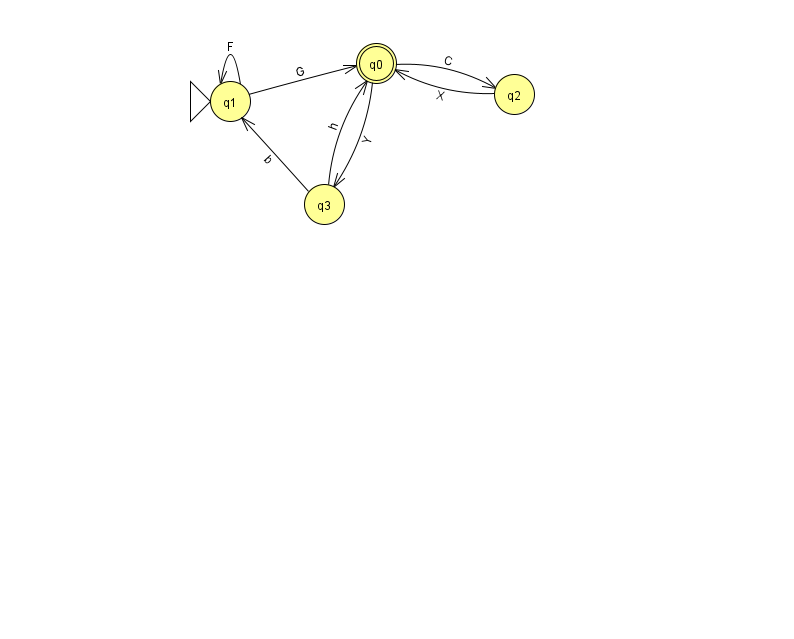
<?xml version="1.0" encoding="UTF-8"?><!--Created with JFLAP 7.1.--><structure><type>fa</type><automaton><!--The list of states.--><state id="0" name="q0"><x>376.0</x><y>50.0</y><final/></state><state id="1" name="q1"><x>230.0</x><y>88.0</y><initial/></state><state id="2" name="q2"><x>514.0</x><y>81.0</y></state><state id="3" name="q3"><x>324.0</x><y>191.0</y></state><!--The list of transitions.--><transition><from>1</from><to>0</to><read>G</read></transition><transition><from>2</from><to>0</to><read>X</read></transition><transition><from>3</from><to>1</to><read>b</read></transition><transition><from>1</from><to>1</to><read>F</read></transition><transition><from>0</from><to>2</to><read>C</read></transition><transition><from>0</from><to>3</to><read>Y</read></transition><transition><from>3</from><to>0</to><read>h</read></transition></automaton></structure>